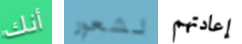
أنك لشعور إعادتهم